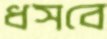
ধসবে